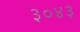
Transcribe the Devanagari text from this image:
३०४३